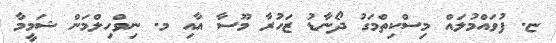
ޏ. ފުވައްމުލައް މިސްކިތްމަގު ދޯނާޑު ޒަހުރާ މޫސާ އާއި މ. ނިވްހިލްމަން ޝަމީމާ